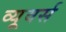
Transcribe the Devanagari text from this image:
व्यूवर्स